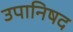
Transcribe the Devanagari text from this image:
उपानिषद